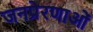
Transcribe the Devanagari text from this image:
जनप्रेरणाओं